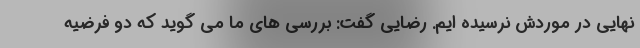
نهایی در موردش نرسیده ایم. رضایی گفت: بررسی های ما می گوید که دو فرضیه